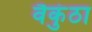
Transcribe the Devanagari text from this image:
वैकुंठा